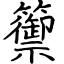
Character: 籞